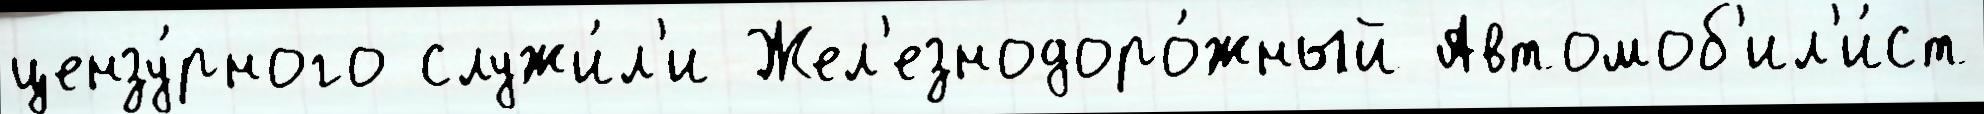
цензу́рного служи́л'и Жел'езнодоро́жный Автомоб'ил'и́ст